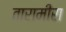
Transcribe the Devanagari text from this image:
तारामीरा